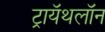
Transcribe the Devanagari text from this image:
ट्रायॅथलॉन